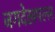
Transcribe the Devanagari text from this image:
जगदेखमल्ल